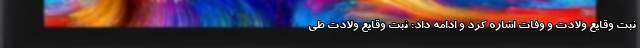
ثبت وقایع ولادت و وفات اشاره کرد و ادامه داد: ثبت وقایع ولادت طی